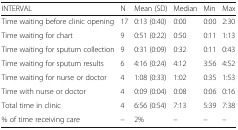
<table><thead><tr><td><b>INTERVAL</b></td><td><b>N</b></td><td><b>Mean (SD)</b></td><td><b>Median</b></td><td><b>Min</b></td><td><b>Max</b></td></tr></thead><tbody><tr><td>Time waiting before clinic opening</td><td>17</td><td>0:13 (0:40)</td><td>0:00</td><td>0:00</td><td>2:30</td></tr><tr><td>Time waiting for chart</td><td>9</td><td>0:51 (0:22)</td><td>0:50</td><td>0:11</td><td>1:13</td></tr><tr><td>Time waiting for sputum collection</td><td>9</td><td>0:31 (0:09)</td><td>0:32</td><td>0:11</td><td>0:43</td></tr><tr><td>Time waiting for sputum results</td><td>6</td><td>4:16 (0:24)</td><td>4:12</td><td>3:56</td><td>4:52</td></tr><tr><td>Time waiting for nurse or doctor</td><td>4</td><td>1:08 (0:33)</td><td>1:02</td><td>0:35</td><td>1:53</td></tr><tr><td>Time with nurse or doctor</td><td>4</td><td>0:09 (0:04)</td><td>0:08</td><td>0:06</td><td>0:16</td></tr><tr><td>Total time in clinic</td><td>4</td><td>6:56 (0:54)</td><td>7:13</td><td>5:39</td><td>7:38</td></tr><tr><td>% of time receiving care</td><td>–</td><td>2%</td><td>–</td><td>–</td><td>–</td></tr></tbody></table>